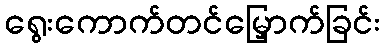
ရွေးကောက်တင်မြှောက်ခြင်း